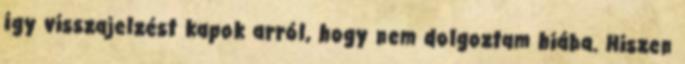
így visszajelzést kapok arról, hogy nem dolgoztam hiába. Hiszen